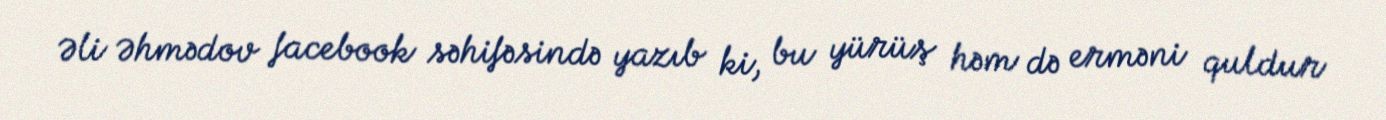
Əli Əhmədov facebook səhifəsində yazıb ki, bu yürüş həm də erməni quldur